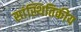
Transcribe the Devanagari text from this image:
सांस्थितिकीय